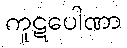
ကူဋပေါဏာ